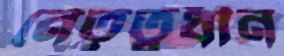
নেতৃত্বধীন